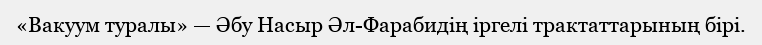
«Вакуум туралы» — Әбу Насыр Әл-Фарабидің іргелі трактаттарының бірі.